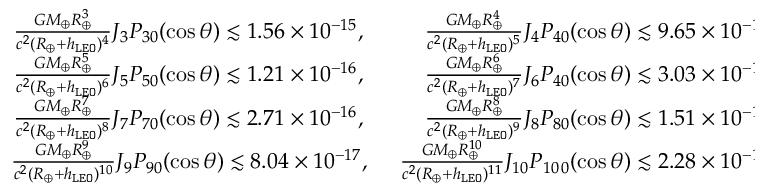
\begin{array} { r } { \frac { G M _ { \oplus } R _ { \oplus } ^ { 3 } } { c ^ { 2 } ( R _ { \oplus } + h _ { \tt L E O } ) ^ { 4 } } J _ { 3 } P _ { 3 0 } ( \cos \theta ) \lesssim 1 . 5 6 \times 1 0 ^ { - 1 5 } , ~ ~ ~ ~ ~ ~ ~ ~ \frac { G M _ { \oplus } R _ { \oplus } ^ { 4 } } { c ^ { 2 } ( R _ { \oplus } + h _ { \tt L E O } ) ^ { 5 } } J _ { 4 } P _ { 4 0 } ( \cos \theta ) \lesssim 9 . 6 5 \times 1 0 ^ { - 1 6 } , } \\ { \frac { G M _ { \oplus } R _ { \oplus } ^ { 5 } } { c ^ { 2 } ( R _ { \oplus } + h _ { \tt L E O } ) ^ { 6 } } J _ { 5 } P _ { 5 0 } ( \cos \theta ) \lesssim 1 . 2 1 \times 1 0 ^ { - 1 6 } , ~ ~ ~ ~ ~ ~ ~ ~ \frac { G M _ { \oplus } R _ { \oplus } ^ { 6 } } { c ^ { 2 } ( R _ { \oplus } + h _ { \tt L E O } ) ^ { 7 } } J _ { 6 } P _ { 4 0 } ( \cos \theta ) \lesssim 3 . 0 3 \times 1 0 ^ { - 1 6 } , } \\ { \frac { G M _ { \oplus } R _ { \oplus } ^ { 7 } } { c ^ { 2 } ( R _ { \oplus } + h _ { \tt L E O } ) ^ { 8 } } J _ { 7 } P _ { 7 0 } ( \cos \theta ) \lesssim 2 . 7 1 \times 1 0 ^ { - 1 6 } , ~ ~ ~ ~ ~ ~ ~ ~ \frac { G M _ { \oplus } R _ { \oplus } ^ { 8 } } { c ^ { 2 } ( R _ { \oplus } + h _ { \tt L E O } ) ^ { 9 } } J _ { 8 } P _ { 8 0 } ( \cos \theta ) \lesssim 1 . 5 1 \times 1 0 ^ { - 1 6 } , } \\ { \frac { G M _ { \oplus } R _ { \oplus } ^ { 9 } } { c ^ { 2 } ( R _ { \oplus } + h _ { \tt L E O } ) ^ { 1 0 } } J _ { 9 } P _ { 9 0 } ( \cos \theta ) \lesssim 8 . 0 4 \times 1 0 ^ { - 1 7 } , ~ ~ ~ ~ \frac { G M _ { \oplus } R _ { \oplus } ^ { 1 0 } } { c ^ { 2 } ( R _ { \oplus } + h _ { \tt L E O } ) ^ { 1 1 } } J _ { 1 0 } P _ { 1 0 \, 0 } ( \cos \theta ) \lesssim 2 . 2 8 \times 1 0 ^ { - 1 6 } . } \end{array}